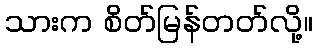
သားက စိတ်မြန်တတ်လို့။